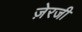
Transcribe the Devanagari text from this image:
ज़ेरजी